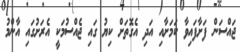
ޖައްސަން ފަށާފައިވާ ކަމަށާއި އަދި އެގޮތަށް ކިޔު ގައި ޖެއްސުމަކީ އެރަށުގައި އާންމު